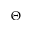
\Theta